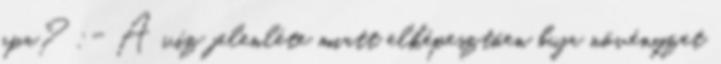
apa? :- A víz jelenléte miatt elképesztően buja növényzet